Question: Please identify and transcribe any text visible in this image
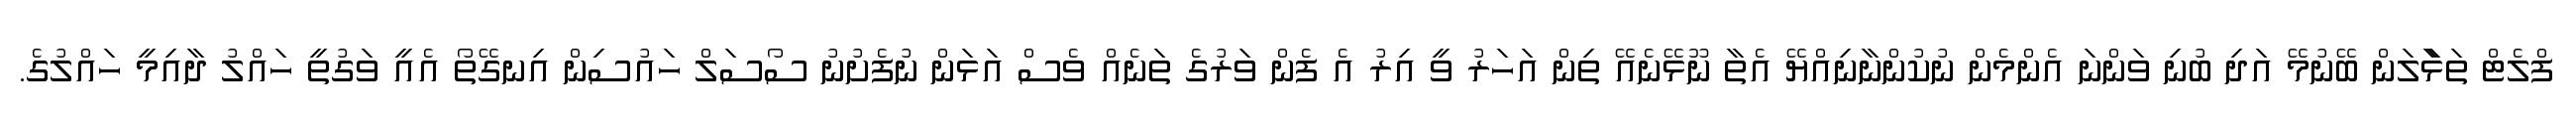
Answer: ފްލެޓް ތަޅާަލަން ބޭނުމޭ އަދި ބުނި ވަންނަ އެންމެން ނުކުންނާނިއްޔޭ އެތާ ނޫޅޭނެއޭ ތިން އަހަރު ވީ އިރު އެ ފެން ވަރުގެ ތަނެއް ވެސް އަޅަން ނުފެށުނު ސޯސަލް ހައުސިން އިނގޭތޯ އެއީ ވަގުތީ ހައްލު ދާއިމީ ހައްލުގެ.